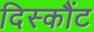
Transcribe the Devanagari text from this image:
दिस्कौंट